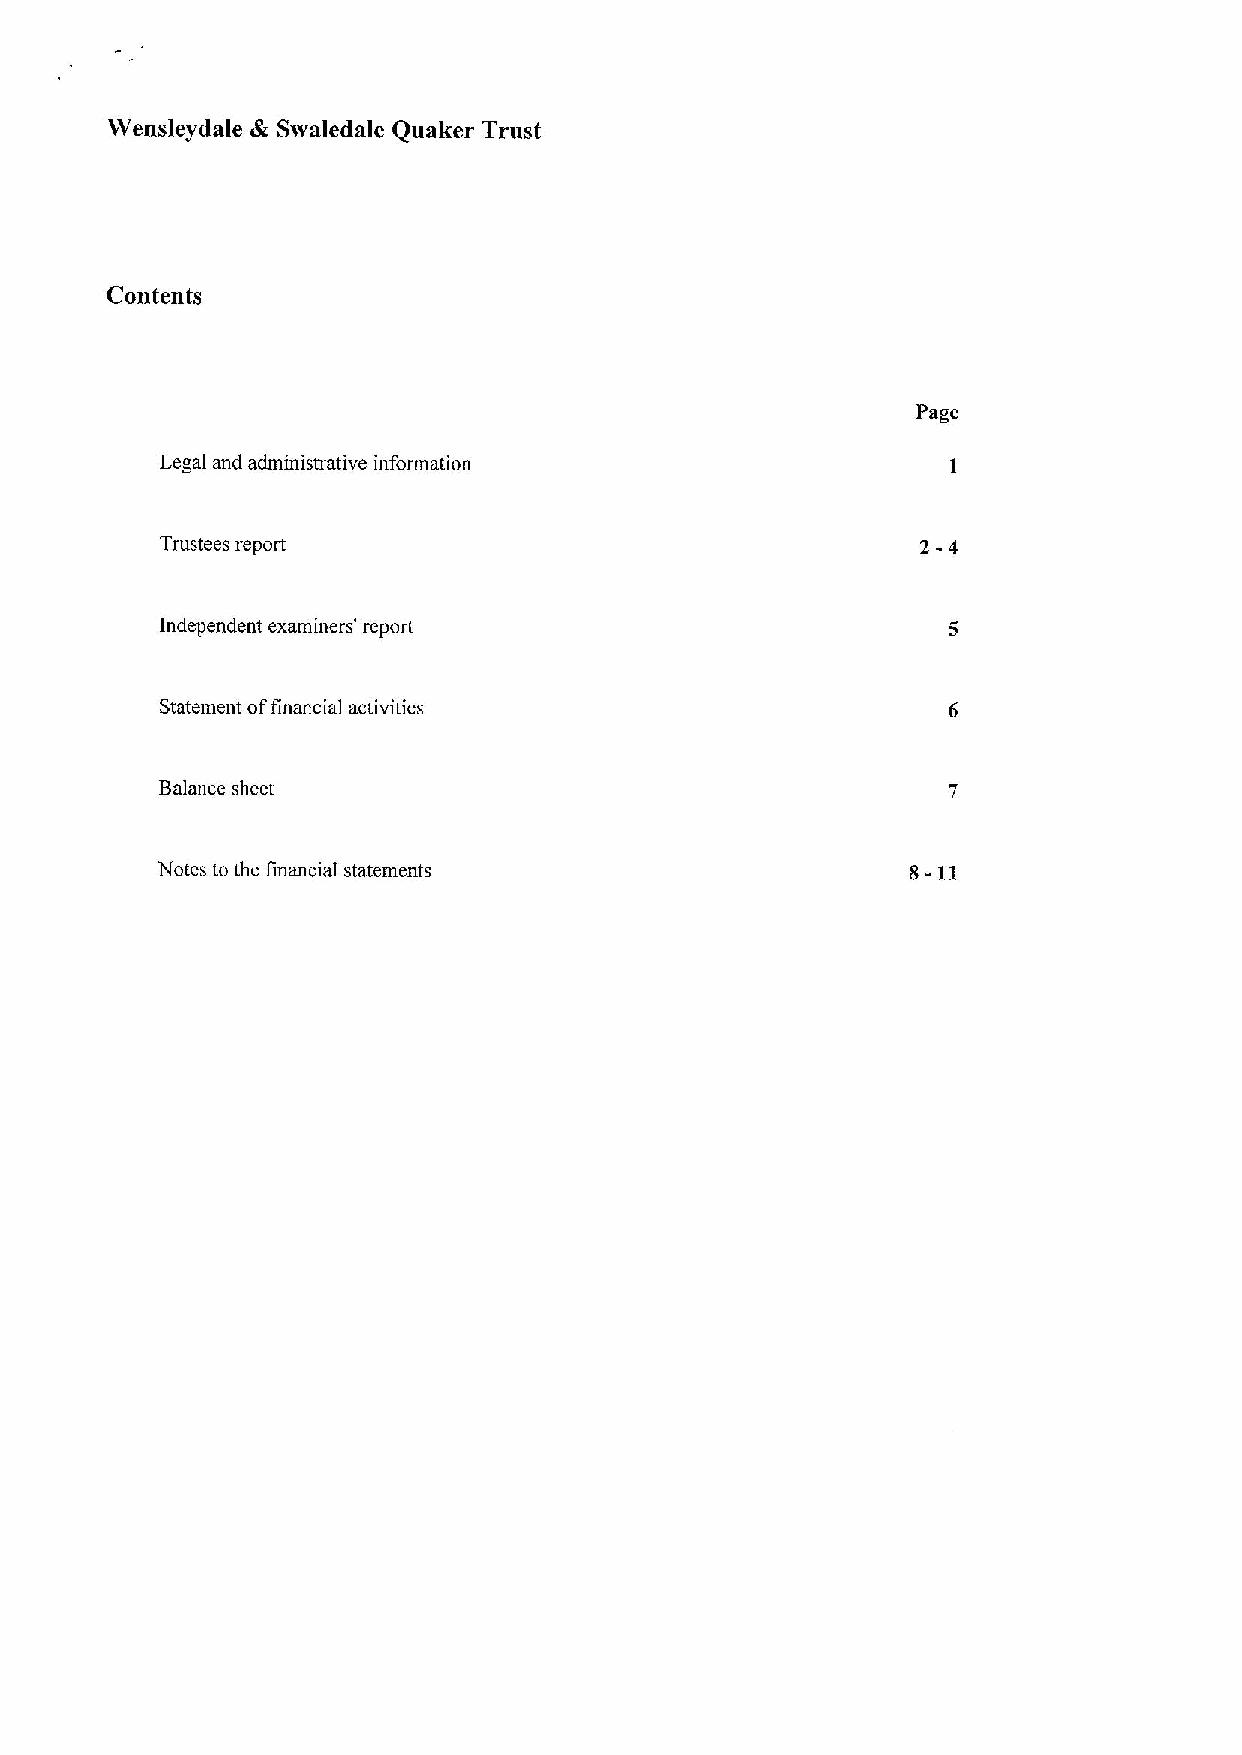
Wensleydale de Swaledale Quaker Trust
 Contents
 Page
 Legal and administrative information
 Trustees report                                   2-4
 Independent examiners' report
 Statement offinancial activities
 Balance sheet
 Notes to the financial statements                 8- 11